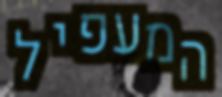
המעפיל